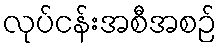
လုပ်ငန်းအစီအစဉ်